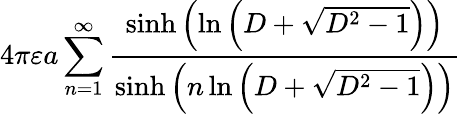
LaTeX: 4\pi\varepsilon a\sum_{n=1}^{\infty}{\frac{\sinh\left(\ln\left(D+{\sqrt{D^{2}-1}}\right)\right)}{\sinh\left(n\ln\left(D+{\sqrt{D^{2}-1}}\right)\right)}}